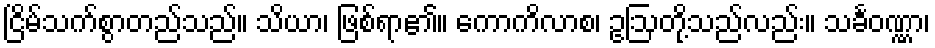
ငြိမ်သက်စွာတည်သည်။ သိယာ၊ ဖြစ်ရာ၏။ ကောကိလာစ၊ ဥဩတို့သည်လည်း။ သင်္ခဝဏ္ဏာ၊